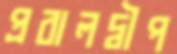
প্রবালদ্বীপ